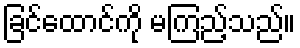
ခြင်ထောင်ကို မကြည့်သည်။